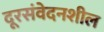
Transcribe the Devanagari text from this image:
दूरसंवेदनशील